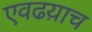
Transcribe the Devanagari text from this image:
एवढय़ाच